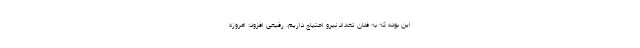
این بوده که به فلان تعداد نیرو احتیاج داریم. رفیعی افزود: امروزه